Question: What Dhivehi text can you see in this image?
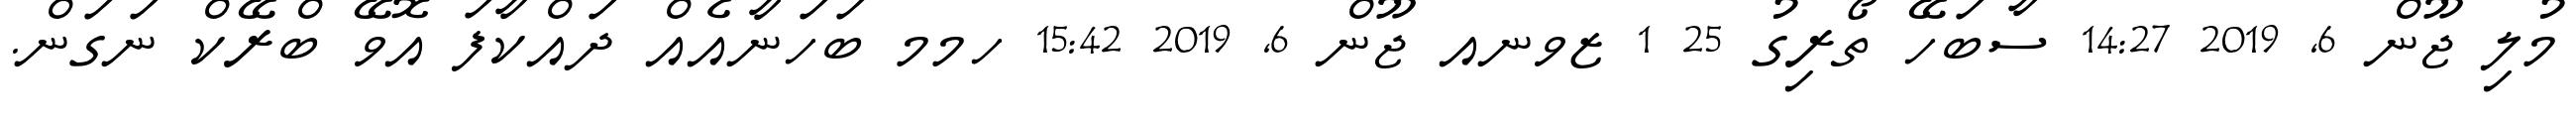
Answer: މުލި ޖޫން 6, 2019 14:27 ސާބަހޭ ތޯރިގު 25 1 ޒވނއ ޖޫން 6, 2019 15:42 ހމމ ބަހަނާއެއް ދައްކާފަ އޮވޭ ބްރޭކް ނަގަން.